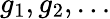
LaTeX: g_{1},g_{2},\ldots